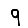
Digit: 9